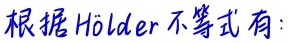
根据 H\"older 不等式有：